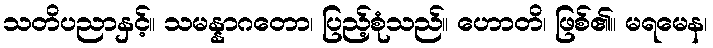
သတိပညာနှင့်။ သမန္နာဂတော၊ ပြည့်စုံသည်။ ဟောတိ၊ ဖြစ်၏။ မရမေန၊